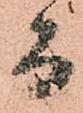
而